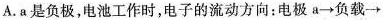
A.a是负极，电池工作时，电子的流动方向：电极a\rightarrow 负载\rightarrow